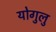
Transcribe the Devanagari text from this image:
योगुलु